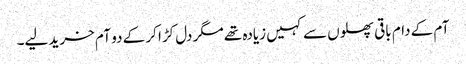
آم کے دام باقی پھلوں سے کہیں زیادہ تھے مگر دل کڑا کر کے دو آم خرید لیے۔